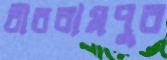
বীররামপুর